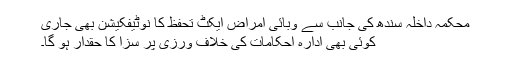
محکمہ داخلہ سندھ کی جانب سے وبائی امراض ایکٹ تحفظ کا نوٹیفکیشن بھی جاری
کوئی بھی ادارہ احکامات کی خلاف ورزی پر سزا کا حقدار ہو گا۔